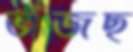
ভাঁজছ